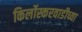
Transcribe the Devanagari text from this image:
किर्लोस्करवाडीच्या